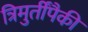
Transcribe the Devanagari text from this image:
त्रिमुर्तींपैकी